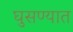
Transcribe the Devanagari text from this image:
घुसण्यात